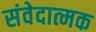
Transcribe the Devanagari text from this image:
संवेदात्मक